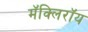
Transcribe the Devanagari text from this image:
मॅक्लिरॉय